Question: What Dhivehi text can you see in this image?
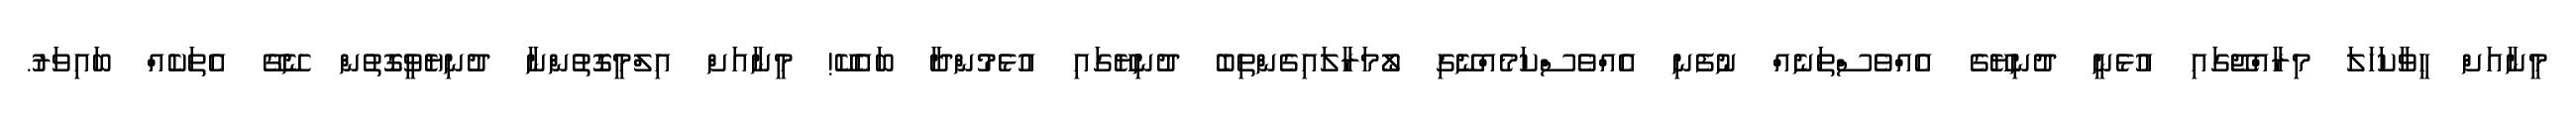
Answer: މީނާއަށް ހީވާކަހަލަ މިރާއްޖޭގައި އުޅެނީ ދުނިޔޭގެ އެއްވެސްތަނެއް ނުފެނި އެއްވެސްކަމެއްނޭގި ލޯމަރާލައިގެންތިބެ ދުނިޔޭގައި އުޅެމުންދާ ބައެކޭ! މީނާއަށް އިލްމީގޮތުންނާ ދުނިޔެވީގޮތުން ނޭގޭ އެތަކެއް ބައިވަރު.